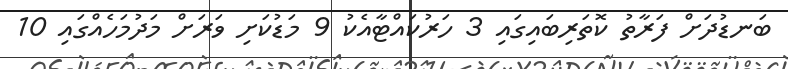
ބަނޑުދަށް ފަރާތު ކޮތަރިބައިގައި 3 ހަރުކައްޓާއެކު 9 މަޑުކަށި ވަރަށް މަދުމަހެއްގައި 10